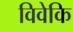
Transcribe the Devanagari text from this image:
विवेकि